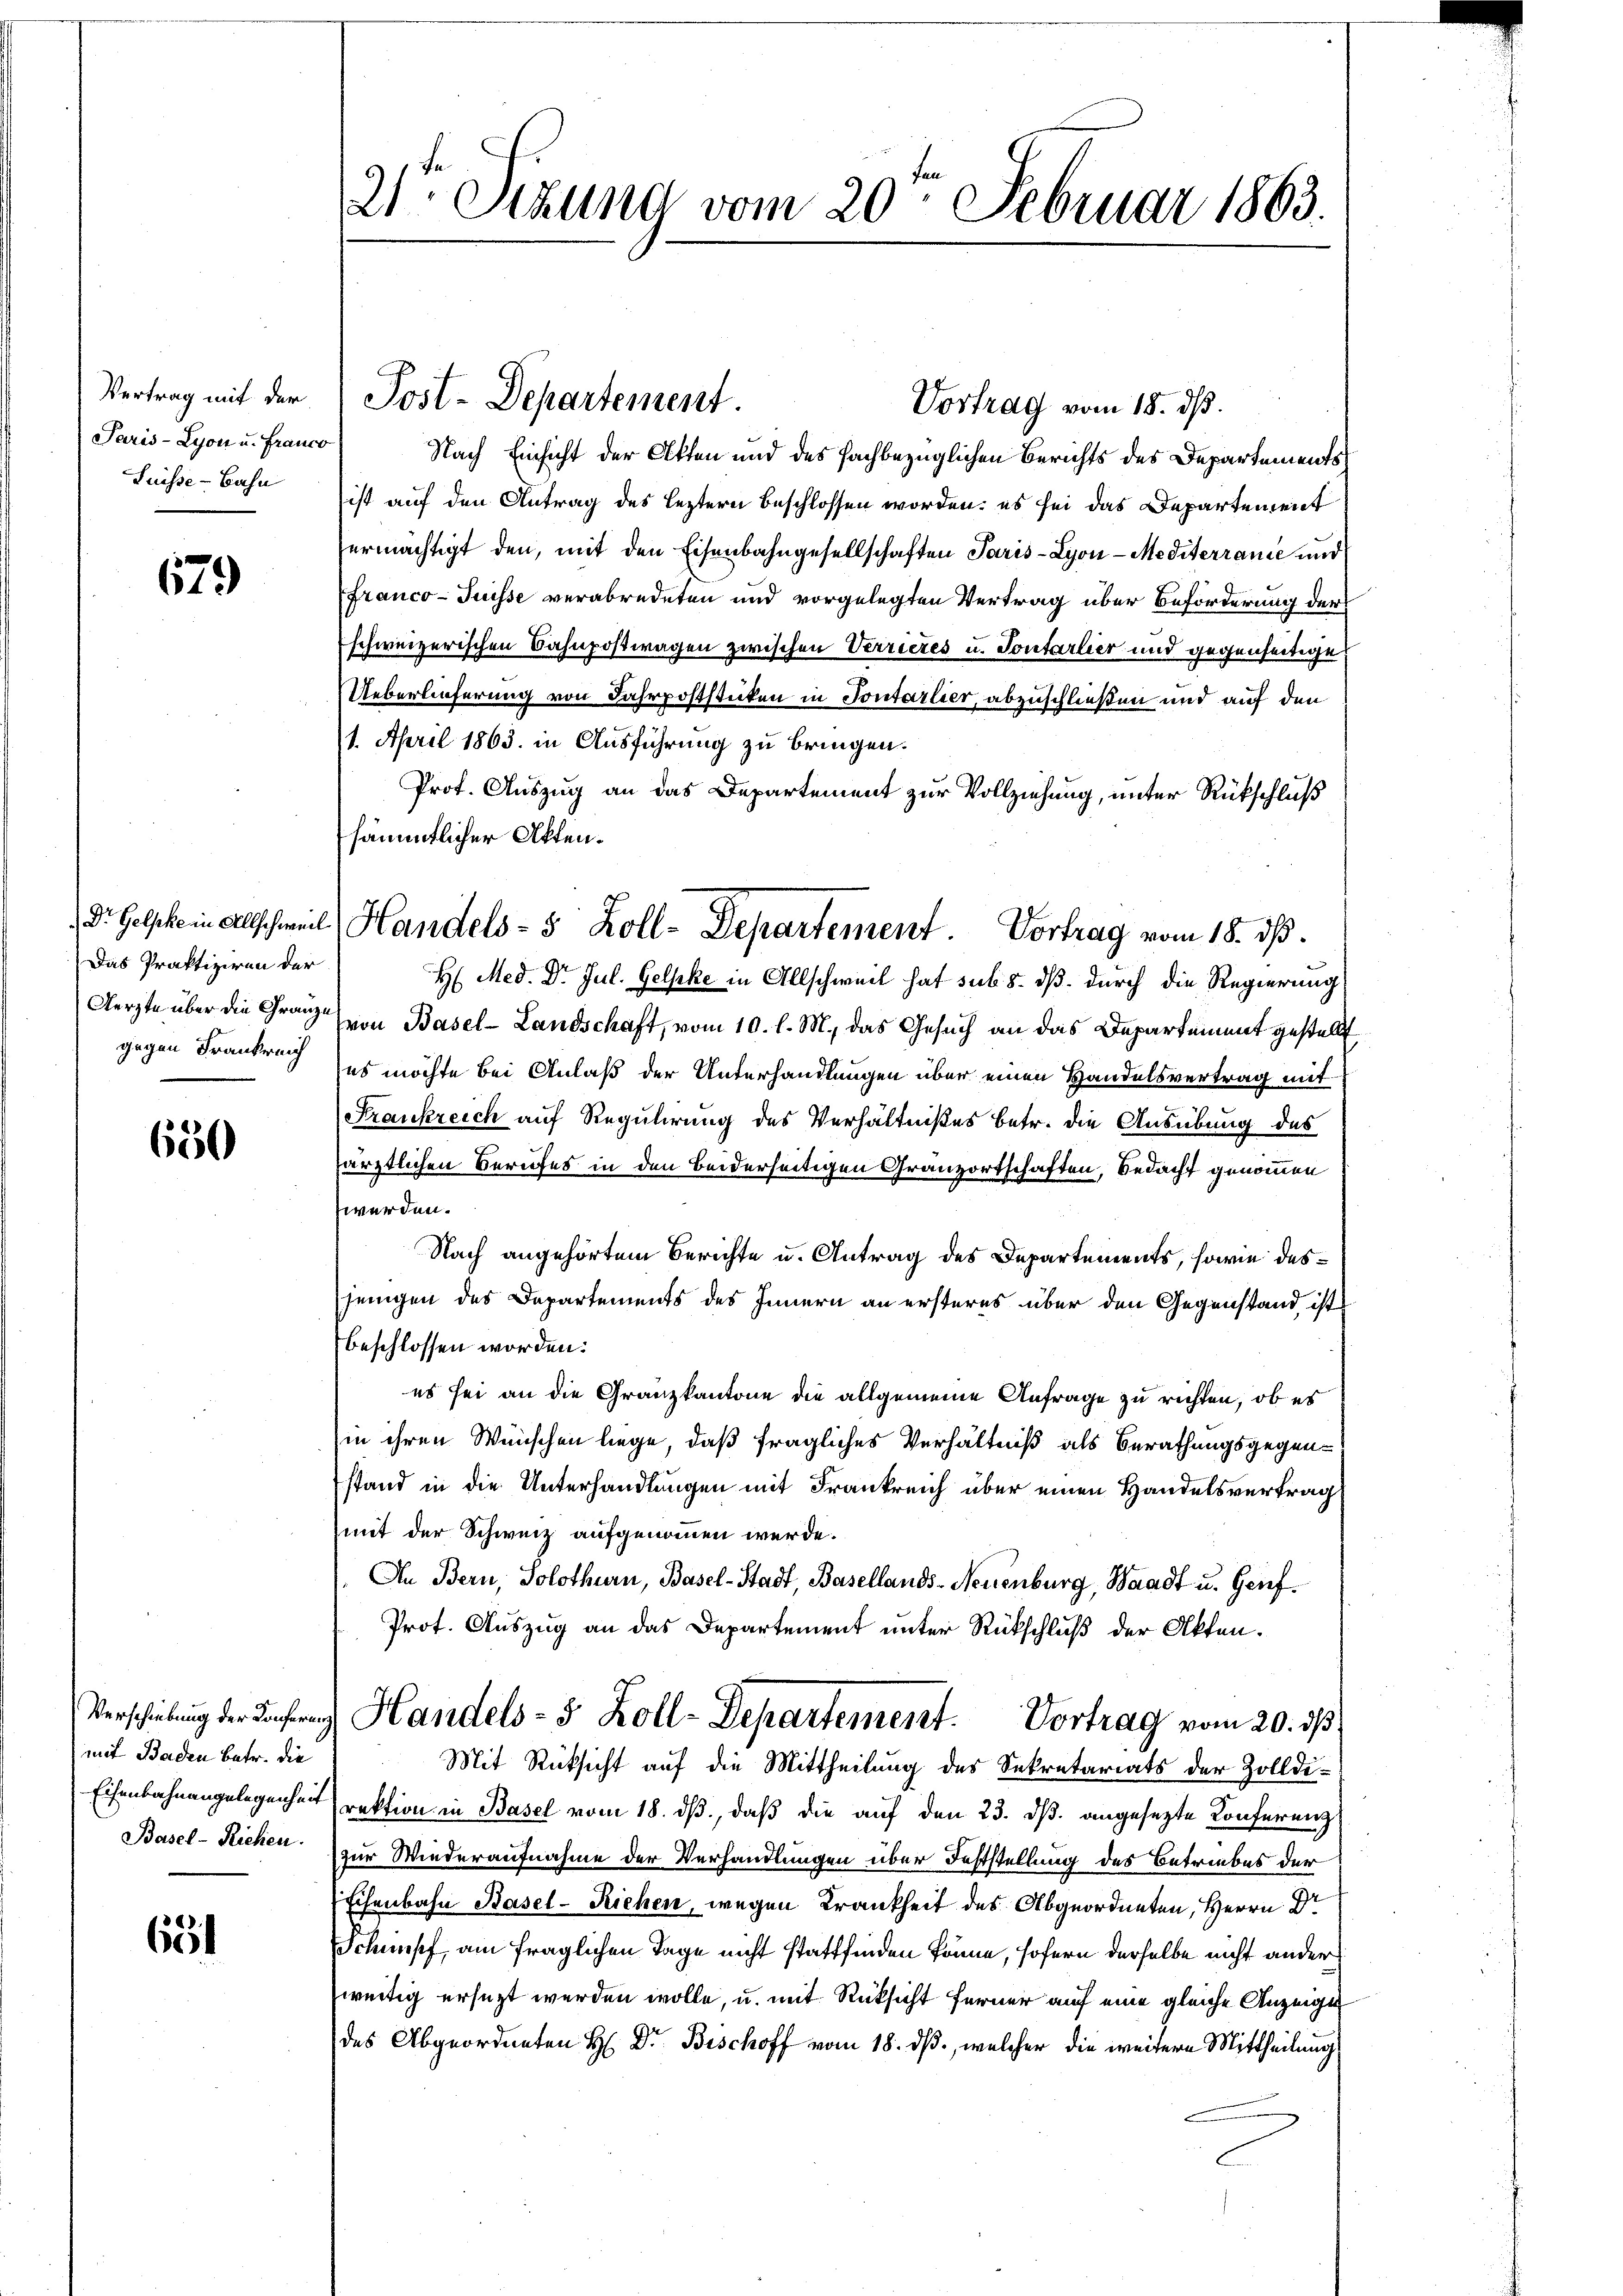
Vertrag mit der
Paris - Lyon u. France
Suisse-Bahn

679

Das Praktiziren der
gegen Frankreich

650

mit Baden betr. die
Eisenbahnangelegenheit
Basel-Riehen.

651

21. Sekung vom 20. Februar 1863.

Vortrag vom 18. ds.
Nach Einsicht der Atten und des fachbezüglichen Berichts des Departements
ist auf den Antrag des Leztern beschlossen worden; es sei das Departement
ermächtigt den, mit den Eisenbahngesellschaften Paris - Lyon - Mediterrance und
Franco- Puisse verabredeten und vorgelegten Vertrag über Beförderung der
schweizerischen Bahnpostwagen zwischen Verrieres u. Sontarlier und gegenseitige
Ueberlieferung von Fahrpoststicken in Sontarlier, abzuschließen und auf den
/1. April 1863 in Ausführung zu bringen.
Prof. Auszug an das Departement zur Vollziehung, unter Rückschluß
sämtlicher Akten.
H. Med. Dr. Jul. Gelpke in Allschweil hat sub 5. dß durch die Regierung
Aerzte über die Granz von Basel-Landschaft, vom 10. l. M., das Gesuch an das Departement gestellt
es möchte bei Anlaß der Unterhandlungen über einen Handelsvertrag mit
Frankreich auf Regulirung des Verhältnißes betr. die Ausübung des
ärztlichen Berufes in den beiderseitigen Granzortschaften, Bedacht genommen
werden.
Nach angehörtem Berichte u. Antrag des Departements, sowie desjenigen des Departements des Innern an ersteres über den Gegenstand ist
beschlossen worden.
es sei an die Granzkantone die allgemeine Anfrage zu richten, ob es
in ihren Wünschen liege, daß fragliches Verhältniß als Berathungsgegenstand in die Unterhandlungen mit Frankreich über einen Handelsvertrag
mit der Schweiz aufgenommen werde.
An Bern, Solothurn, Basel-Stadt, Basellands-Neuenburg, Waadt u. Genf¬
Prof. Auszug an das Departement unter Rückschluß der Akten.
Verschiebung der Handels- 5 Zoll-Departement. Vortrag vom 20. ds
Mit Rücksicht auf die Mittheilung des Sekretariats der Zolldirektion in Basel vom 18. ds., daß die auf den 23. ds. angesezte Conferenz
zur Wiederaufnahme der Verhandlungen über Feststellung des Betriebes der
Eichenbahn Basel-Riehen, wegen Krankheit des Abgeordneten, Herrn Dr
Schimpf, am fraglichen Tage nicht stattfinden könne, sofern derselbe nicht ander
weitig ersezt werden wolle, u. mit Rücksicht ferner auf eine gleiche Anzeigen
des Abgeordneten H. Dr. Bischoff vom 18. ds., welcher die weitere Mittheilung

Post-Departement.

Dr. Geschein allschweil, Handels- 5 Zoll-Departement. Vortrag vom 18. ds.